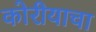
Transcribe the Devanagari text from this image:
कोरीयाचा